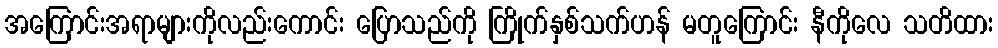
အကြောင်းအရာများကိုလည်းကောင်း ပြောသည်ကို ကြိုက်နှစ်သက်ဟန် မတူကြောင်း နီကိုလေ သတိထား